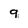
Character: 9